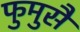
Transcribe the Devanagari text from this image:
फुमुसै